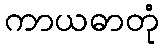
ကာယဓာတုံ